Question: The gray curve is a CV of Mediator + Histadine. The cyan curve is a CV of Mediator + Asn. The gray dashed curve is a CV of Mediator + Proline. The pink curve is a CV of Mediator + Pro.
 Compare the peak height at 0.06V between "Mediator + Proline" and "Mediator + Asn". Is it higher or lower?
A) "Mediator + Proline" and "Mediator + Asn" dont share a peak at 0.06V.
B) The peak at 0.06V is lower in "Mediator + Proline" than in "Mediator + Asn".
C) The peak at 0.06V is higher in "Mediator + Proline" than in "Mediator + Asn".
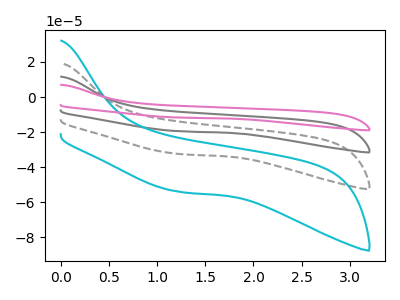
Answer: <think>The gray curve "Mediator + Histadine" has no peaks. The cyan curve "Mediator + Asn" has no peaks. The gray dashed curve "Mediator + Proline" has no peaks. The pink curve "Mediator + Pro" has no peaks.</think>
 <answer>A) "Mediator + Proline" and "Mediator + Asn" dont share a peak at 0.06V.</answer>
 <eval>A</eval>